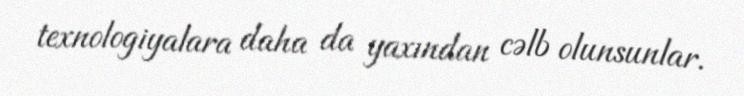
texnologiyalara daha da yaxından cəlb olunsunlar.